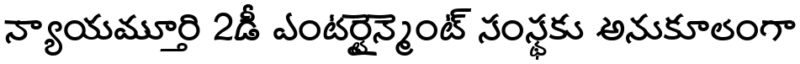
న్యాయమూర్తి 2డీ ఎంటర్టైన్మెంట్ సంస్థకు అనుకూలంగా